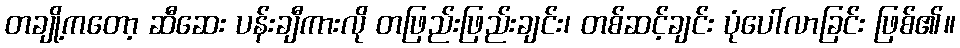
တချို့ကတော့ ဆီဆေး ပန်းချီကားလို တဖြည်းဖြည်းချင်း၊ တစ်ဆင့်ချင်း ပုံပေါ်လာခြင်း ဖြစ်၏။